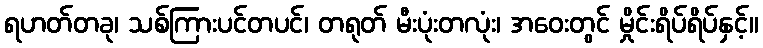
ရဟတ်တခု၊ သစ်ကြားပင်တပင်၊ တရုတ် မီးပုံးတလုံး၊ အဝေးတွင် မှိုင်းရိပ်ရိပ်နှင့်။